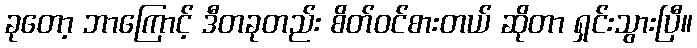
ခုတော့ ဘာကြောင့် ဒီတခုတည်း စိတ်ဝင်စားတယ် ဆိုတာ ရှင်းသွားပြီ။